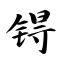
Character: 锝